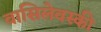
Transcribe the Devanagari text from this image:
वासिलेवस्की